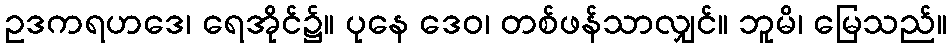
ဥဒကရဟဒေ၊ ရေအိုင်၌။ ပုနေ ဒေဝ၊ တစ်ဖန်သာလျှင်။ ဘူမိ၊ မြေသည်။